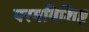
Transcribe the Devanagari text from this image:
परमविशिष्ट